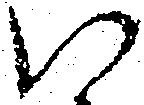
い